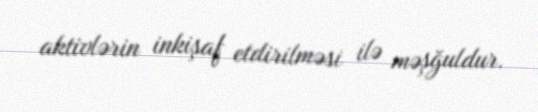
aktivlərin inkişaf etdirilməsi ilə məşğuldur.